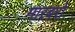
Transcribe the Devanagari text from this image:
मारबरो